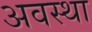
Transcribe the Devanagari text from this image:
अवस्‍था